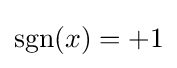
\operatorname {sgn} (x)=+1